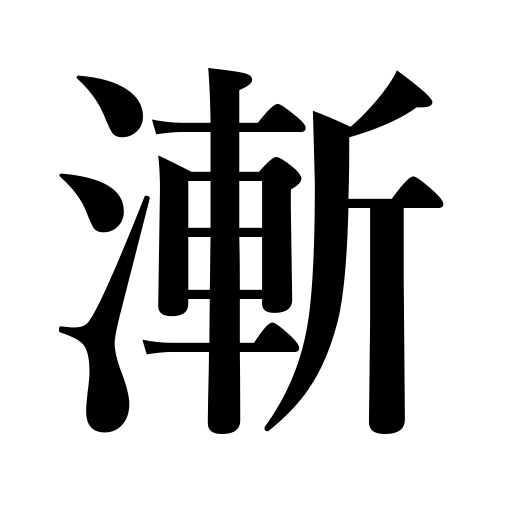
Meanings: gradually advancing